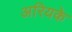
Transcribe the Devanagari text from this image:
अरियके